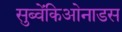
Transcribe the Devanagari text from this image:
सुब्वेंकिओनाडस